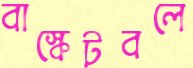
বাস্কেটবলে